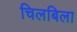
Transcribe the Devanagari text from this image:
चिलबिला